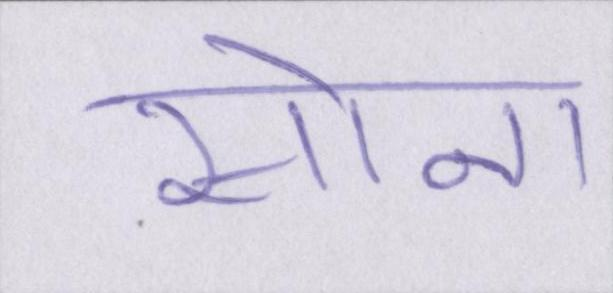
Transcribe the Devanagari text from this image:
सोना